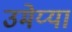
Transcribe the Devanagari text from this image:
उमेय्या